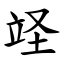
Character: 䇈